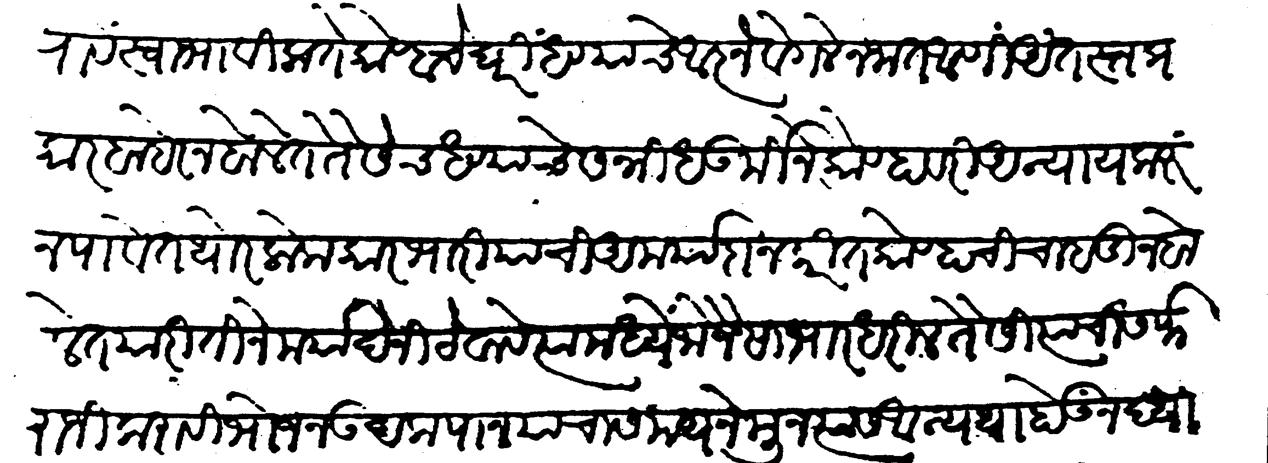
Transliteration (Devanagari): करावे स्वाभाविक ते कोण्हाचे घरीं धण्याचे आज्ञेवेगले न जात आणि अंतःस्त प्रकार बाहेर न बोलेत तैसेंच धण्याचे संन्निध ऊर्मीने कोण्हावरी अन्याय करुन पावेत थोर लोक कारभारी यांची अमर्यादा न करीत कोण्हाची चाहाडी न बालेत या रीतीने मर्यादेने ठेवावे त्यांमध्यें जो जैसा भार धरील तैसी त्याची सर्फराजी करावी भोजन उदकपान याचा समय नेमून त्यांस अन्यथा होऊं न द्यावे